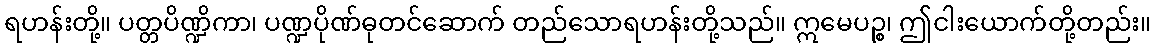
ရဟန်းတို့။ ပတ္တပိဏ္ဍိကာ၊ ပဏ္ဍပိုဏ်ဓုတင်ဆောက် တည်သောရဟန်းတို့သည်။ ဣမေပဉ္စ၊ ဤငါးယောက်တို့တည်း။